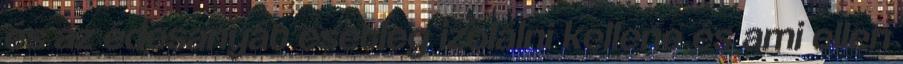
és az édesanyát esetleg izolálni kellene és ami ellen